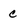
Character: c